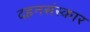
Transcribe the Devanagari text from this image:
दहनसंस्कार